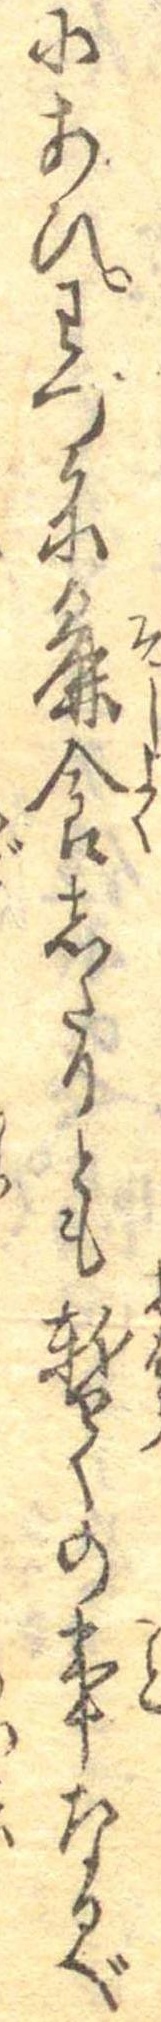
にあひわつかに麁食したりとも暫くの事なるべ